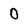
Character: 0